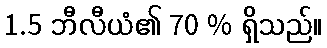
1.5 ဘီလီယံ၏ 70 % ရှိသည်။